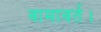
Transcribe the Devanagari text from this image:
वामावर्त।